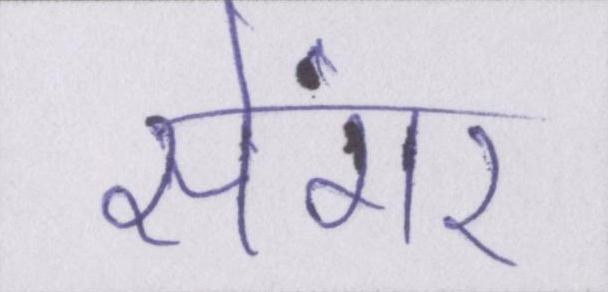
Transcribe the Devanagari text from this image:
सेंगर